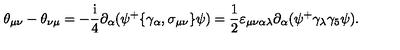
\theta _ { \mu \nu } - \theta _ { \nu \mu } = - \frac { \mathrm { i } } 4 \partial _ { \alpha } ( \psi ^ { + } \{ \gamma _ { \alpha } , \sigma _ { \mu \nu } \} \psi ) = \frac 1 2 \varepsilon _ { \mu \nu \alpha \lambda } \partial _ { \alpha } ( \psi ^ { + } \gamma _ { \lambda } \gamma _ { 5 } \psi ) .